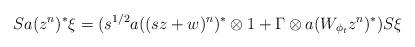
LaTeX: \begin{align*}S a(z^n)^*\xi = (s^{1/2}a((sz + w)^n)^* \otimes 1 + \Gamma \otimes a(W_{\phi_t} z^n)^*)S\xi\end{align*}